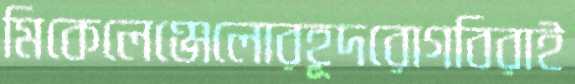
মিকেলেঞ্জেলোরহূদরোগবিরাই